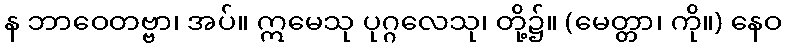
န ဘာဝေတဗ္ဗာ၊ အပ်။ ဣမေသု ပုဂ္ဂလေသု၊ တို့၌။ (မေတ္တာ၊ ကို။) နေဝ